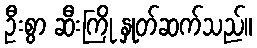
ဦးစွာ ဆီးကြို နှုတ်ဆက်သည်။